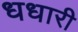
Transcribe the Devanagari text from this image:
धधारी